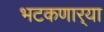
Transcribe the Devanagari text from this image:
भटकणार्‍या